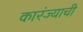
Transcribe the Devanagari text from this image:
कारंज्याची